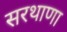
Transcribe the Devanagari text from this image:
सरथाणा